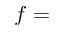
f =